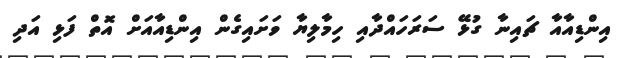
އިންޑިއާއާ ޗައިނާ ގުޅޭ ސަރަހައްދާއި ހިމާލިޔާ ވަށައިގެން އިންޑިއާއަށް އޮތް ފަޅި އަދި